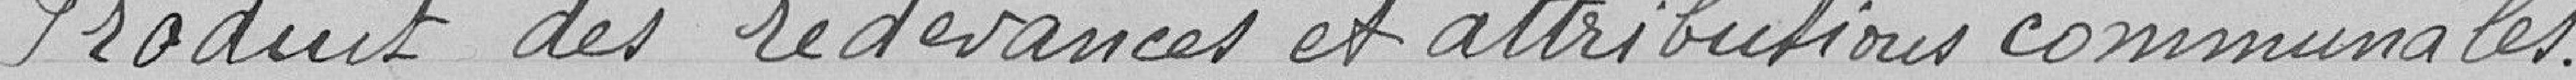
velées pour une durée de 5 années, par délibération du Conseil